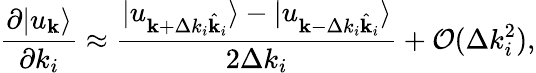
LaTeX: \frac{\partial|u_{\mathbf{k}}\rangle}{\partial k_{i}}\approx\frac{|u_{\mathbf{k}+\Delta k_{i}\hat{\mathbf{k}}_{i}}\rangle-|u_{\mathbf{k}-\Delta k_{i}\hat{\mathbf{k}}_{i}}\rangle}{2\Delta k_{i}}+\mathcal{O}(\Delta k_{i}^{2}),